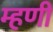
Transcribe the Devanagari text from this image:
म्हणीं